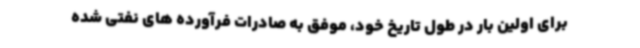
برای اولین بار در طول تاریخ خود، موفق به صادرات فرآورده های نفتی شده